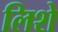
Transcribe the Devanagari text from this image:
लिशे